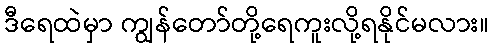
ဒီရေထဲမှာ ကျွန်တော်တို့ရေကူးလို့ရနိုင်မလား။